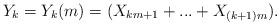
LaTeX: \begin{align*}Y_{k}=Y_{k}(m)=(X_{km+1}+...+X_{(k+1)m}). \end{align*}